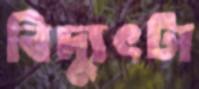
বিদ্যুৎটা